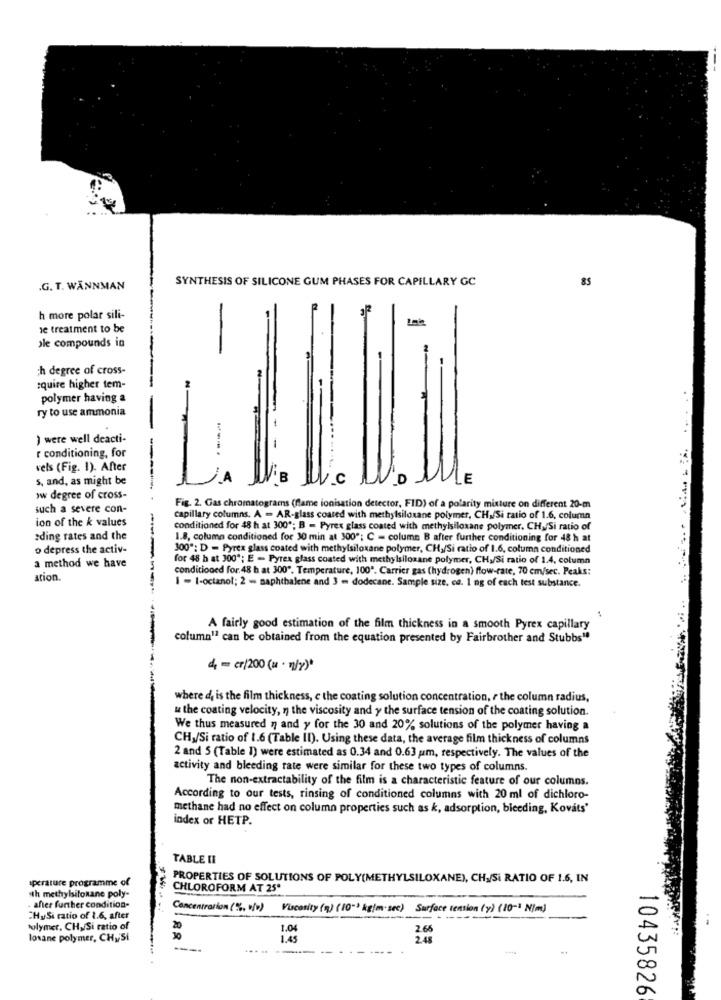
15
SYNTHESIS OF SILICONE GUM PHASES FOR CAPILLARY GC
85
.G. T. WANNMAN
h more polar sili-
le treatment to be
ole compounds in
ch degree of cross-
squire higher tem-
polymer having a
ry to use ammonia
-
) were well deacti-
r conditioning, for
vels (Fig. 1). After
s, and, as might be
>w degree of cross-
such a severe con-
Fig. 2. Gas chromatograms (flame ionisation detector, FID) of a polarity mixture on different 20-m
ion of the k values
capillary columns. A = AR-glass coated with methylsiloxane polymer, CH./Si ratio of 1.6. column
conditioned for 48 h at 300"; B - Pyrex glass coated with methylsiloxane polymer, CH,/Si ratio of
ading rates and the
1.8, columa conditioned for 30 min at 300"; C = column B after further conditioning for 48 h at
o depress the activ-
300": D = Pyrex glass coated with methylsiloxane polymer, CH,/Si ratio of 1.6, column conditioned
for 48 h at 300"; E - Pyrex glass coated with methylsiloxane polymer, CH,/Si ratio of 1.4, column
a method we have
conditioned for. 48 h at 300". Temperature, 100 *. Carrier gas (hydrogen) flow-rate, 70 cm/sec. Peaks:
ation.
------ "
I - 1-octanol; 2 - naphthalene and 3 m dodecane. Sample size, ca. 1 ng of each test substance.
A fairly good estimation of the film thickness in a smooth Pyrex capillary
column1ª can be obtained from the equation presented by Fairbrother and Stubbs"
4, = cr/200 (u · "/?)*
where d, is the film thickness, c the coating solution concentration, r the column radius,
# the coating velocity, n the viscosity and y the surface tension of the coating solution.
We thus measured n and y for the 30 and 20% solutions of the polymer having a
CHJ/Si ratio of 1.6 (Table II). Using these data, the average film thickness of columns
2 and 5 (Table 1) were estimated as 0.34 and 0.63 um, respectively. The values of the
activity and bleeding rate were similar for these two types of columns.
The non-extractability of the film is a characteristic feature of our columns.
According to our tests, rinsing of conditioned columns with 20 ml of dichloro-
methane had no effect on column properties such as k, adsorption, bleeding. Kováts'
index or HETP.
TABLE II
iperature programme of
PROPERTIES OF SOLUTIONS OF POLY(METHYLSILOXANE), CH./Si RATIO OF 1.6, IN
CHLOROFORM AT 25ª
sth methylsitonane poly-
. after further condition-
Concentrarion (%, [w)
Viscosity (q) (10-1 kg/m. sec) Surface tension (y) ( 10-1 N/m)
CHySi ratio of 1.6, after
Polymer. CH, Si ratio of
1.04
2.66
losane polymer, CHySi
88
1.45
2.48
---
10435826